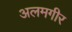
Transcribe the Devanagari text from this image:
अलमगीर